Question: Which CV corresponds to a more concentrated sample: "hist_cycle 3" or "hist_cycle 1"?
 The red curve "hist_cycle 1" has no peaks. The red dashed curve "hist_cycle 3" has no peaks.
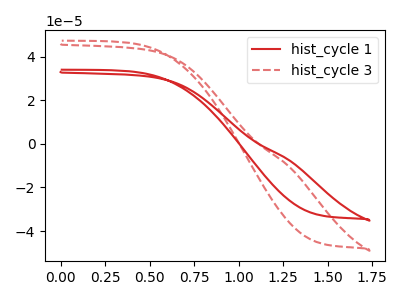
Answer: <think>Neither "hist_cycle 3" or "hist_cycle 1" have any peaks.
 </think>
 <answer>I cant tell if "hist_cycle 3" or "hist_cycle 1" has higher concentration.</answer>
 <eval>mixed_concentration</eval>